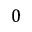
0